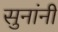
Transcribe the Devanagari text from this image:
सुनांनी